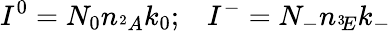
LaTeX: I^{0}=N_{0}n_{^2A}k_{0};\; \; \; I^{-}=N_{-}n_{^3\! E}k_{-}